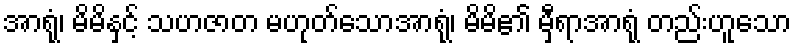
အာရုံ၊ မိမိနှင့် သဟဇာတ မဟုတ်သောအာရုံ၊ မိမိ၏ မှီရာအာရုံ တည်းဟူသော